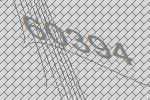
60394